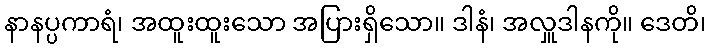
နာနပ္ပကာရံ၊ အထူးထူးသော အပြားရှိသော။ ဒါနံ၊ အလှူဒါနကို။ ဒေတိ၊